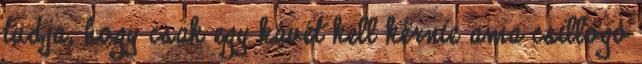
tudja, hogy csak egy kávét kell kérnie ama csillogó